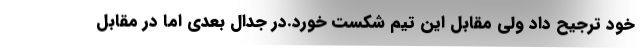
خود ترجیح داد ولی مقابل این تیم شکست خورد.در جدال بعدی اما در مقابل